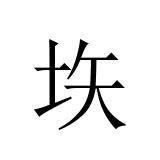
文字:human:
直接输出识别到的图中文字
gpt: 垁